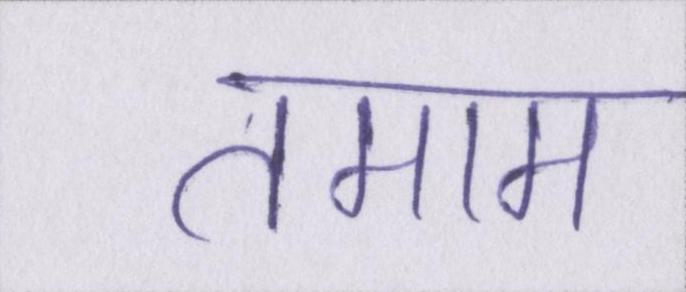
तमाम